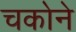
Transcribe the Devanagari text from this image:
चकोने